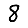
Digit: 8